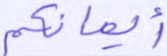
أيمانكم